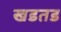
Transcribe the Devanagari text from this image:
खडतड